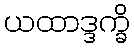
ယထာဒ္ဒက္ခိ